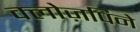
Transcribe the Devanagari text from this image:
क्लोज़पिने